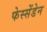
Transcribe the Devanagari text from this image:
फेस्सेंडेन